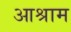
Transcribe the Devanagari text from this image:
आश्राम